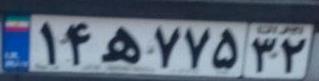
۱۴ه۷۷۵۳۲